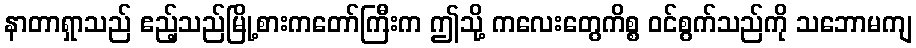
နာတာရှာသည် ဧည့်သည်မြို့စားကတော်ကြီးက ဤသို့ ကလေးတွေကိစ္စ ဝင်စွက်သည်ကို သဘောမကျ